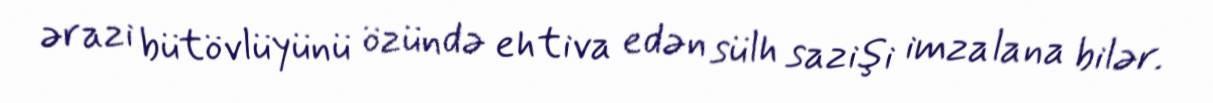
ərazi bütövlüyünü özündə ehtiva edən sülh sazişi imzalana bilər.